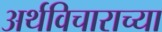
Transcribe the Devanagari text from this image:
अर्थविचाराच्या